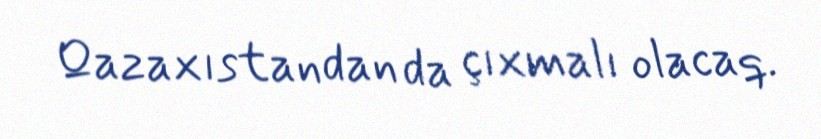
Qazaxıstandan da çıxmalı olacaq.